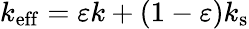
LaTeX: k_{\mathrm{eff}}=\varepsilon k+(1-\varepsilon)k_{\mathrm{s}}